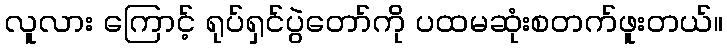
လူလား ကြောင့် ရုပ်ရှင်ပွဲတော်ကို ပထမဆုံးစတက်ဖူးတယ်။